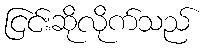
ငြင်းဆိုလိုက်သည်